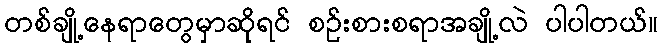
တစ်ချို့နေရာတွေမှာဆိုရင် စဉ်းစားစရာအချို့လဲ ပါပါတယ်။